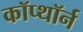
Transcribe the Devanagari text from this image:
कॉप्थॉर्न